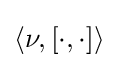
\langle \nu ,[\cdot ,\cdot ]\rangle